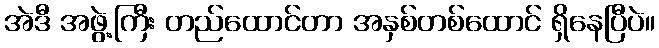
အဲဒီ အဖွဲ့ကြီး တည်ထောင်တာ အနှစ်တစ်ထောင် ရှိနေပြီပဲ။